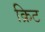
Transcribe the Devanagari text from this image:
क्रिट